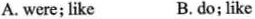
A. were; like B.do;like